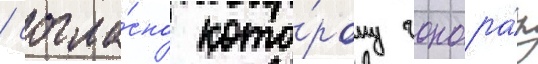
/ согла́сно кото́рому гонора́р